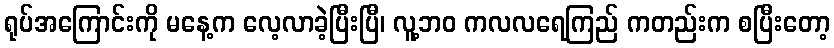
ရုပ်အကြောင်းကို မနေ့က လေ့လာခဲ့ပြီးပြီ၊ လူ့ဘဝ ကလလရေကြည် ကတည်းက စပြီးတော့